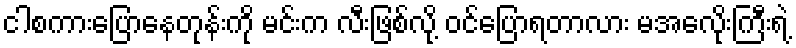
ငါစကားပြောနေတုန်းကို မင်းက လီးဖြစ်လို့ ဝင်ပြောရတာလား မအေလိုးကြီးရဲ့